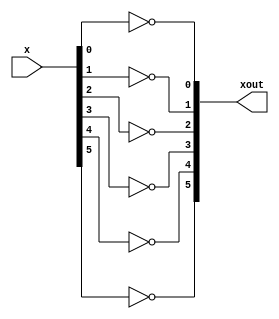
module twos_complement_flipper6(x, xout);
	input [5:0] x;
	output [5:0] xout;
	not notter0(xout[0], x[0]);
	not notter1(xout[1], x[1]);
	not notter2(xout[2], x[2]);
	not notter3(xout[3], x[3]);
	not notter4(xout[4], x[4]);
	not notter5(xout[5], x[5]);

endmodule